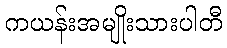
ကယန်းအမျိုးသားပါတီ